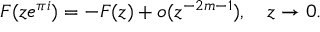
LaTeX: F ( z e ^ { \pi i } ) = - F ( z ) + o ( z ^ { - 2 m - 1 } ) , \quad z \to 0 .